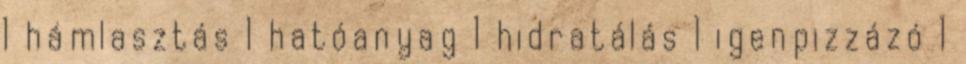
1 hámlasztás 1 hatóanyag 1 hidratálás 1 igenpizzázó 1